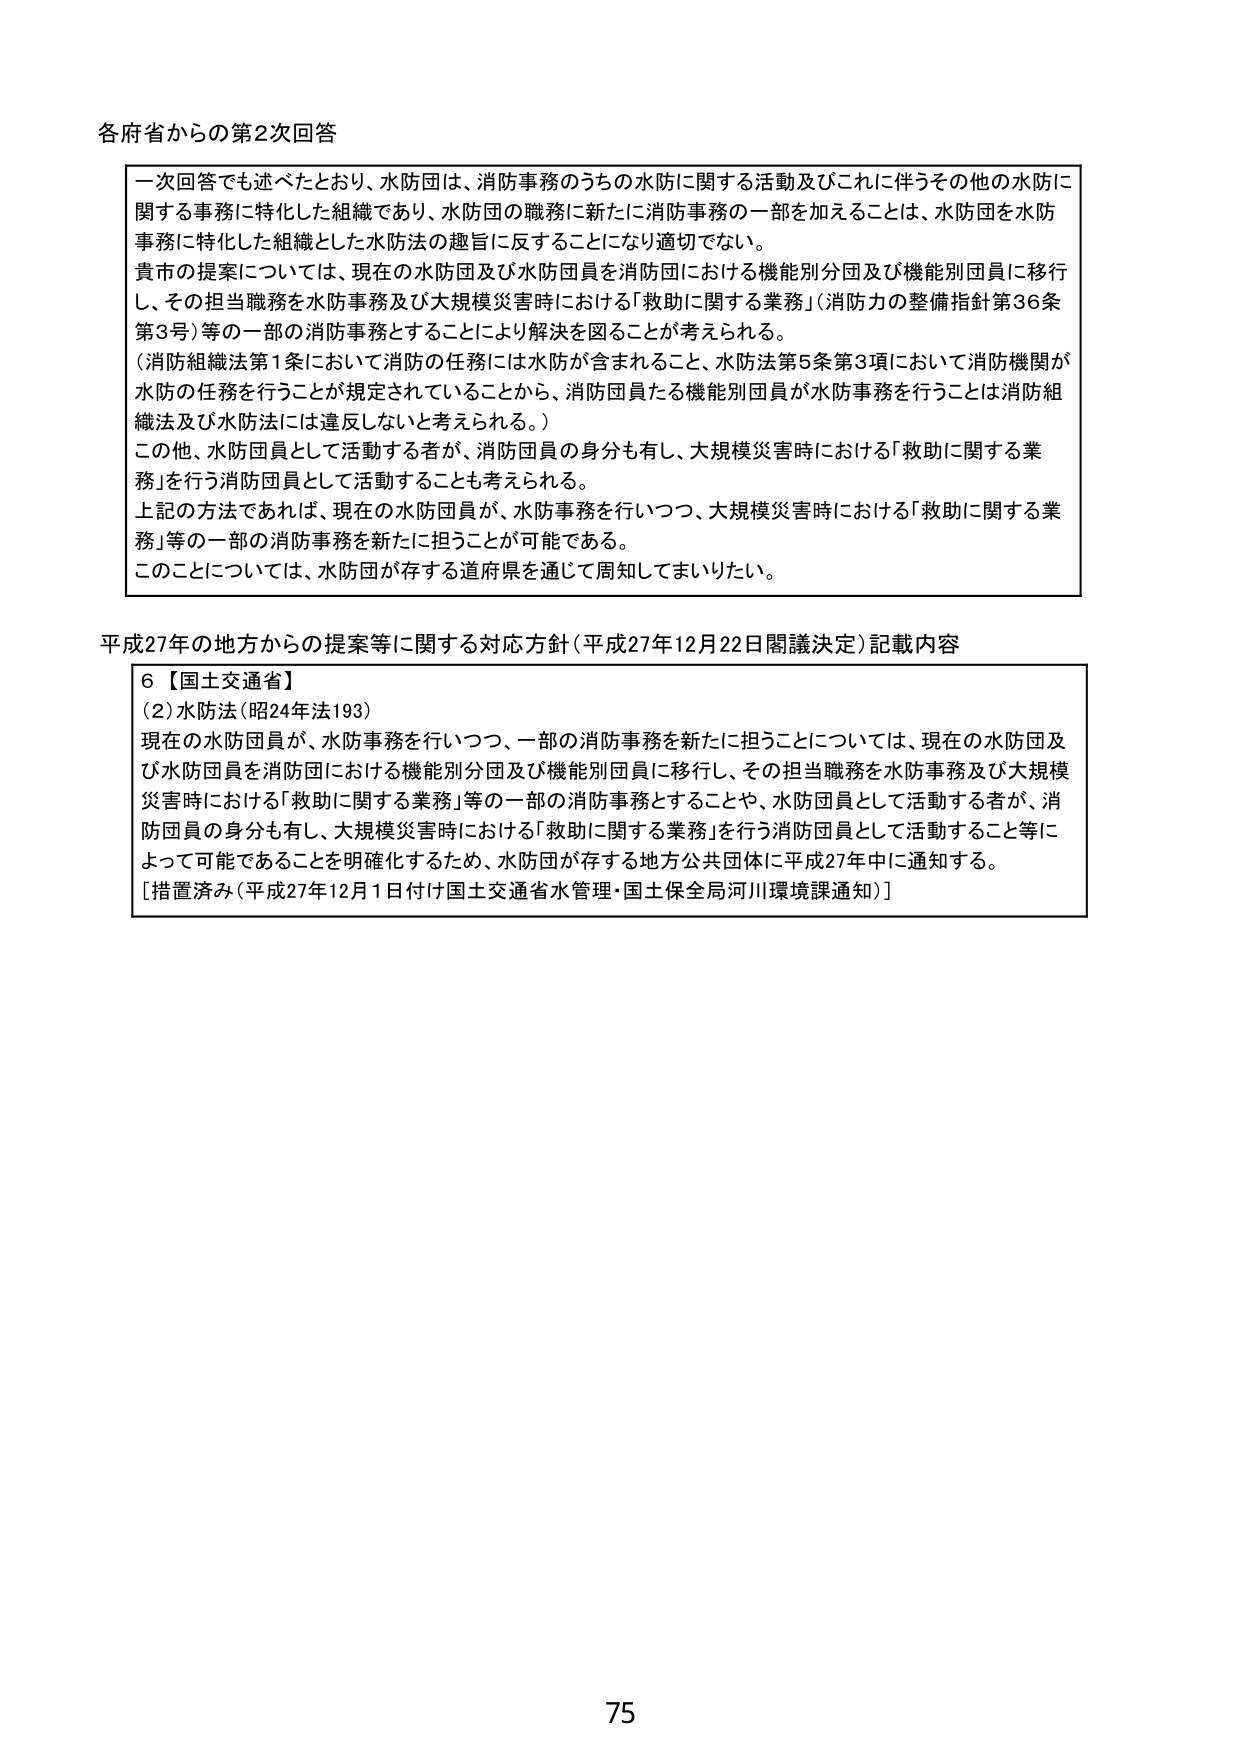
各府省からの第2次回答

一次回答でも述べたとおり、水防団は、消防事務のうちの水防に関する活動及びこれに伴うその他の水防に関する事務に特化した組織であり、水防団の職務に新たに消防事務の一部を加えることは、水防団を水防事務に特化した組織とした水防法の趣旨に反することになり適切でない。
貴市の提案については、現在の水防団及び水防団員を消防団における機能別分団及び機能別団員に移行し、その担当職務を水防事務及び大規模災害時における「救助に関する業務」（消防力の整備指針第36条第3号）等の一部の消防事務とすることにより解決を図ることが考えられる。
（消防組織法第1条において消防の任務には水防が含まれること、水防法第5条第3項において消防機関が水防の任務を行うことが規定されていることから、消防団員たる機能別団員が水防事務を行うことは消防組織法及び水防法には違反しないと考えられる。）
この他、水防団員として活動する者が、消防団員の身分も有し、大規模災害時における「救助に関する業務」を行う消防団員として活動することも考えられる。
上記の方法であれば、現在の水防団員が、水防事務を行いつつ、大規模災害時における「救助に関する業務」等の一部の消防事務を新たに担うことが可能である。
このことについては、水防団が存する道府県を通じて周知してまいりたい。

平成27年の地方からの提案等に関する対応方針（平成27年12月22日閣議決定）記載内容

6【国土交通省】
(2)水防法（昭24年法193）
現在の水防団員が、水防事務を行いつつ、一部の消防事務を新たに担うことについては、現在の水防団及び水防団員を消防団における機能別分団及び機能別団員に移行し、その担当職務を水防事務及び大規模災害時における「救助に関する業務」等の一部の消防事務とすることや、水防団員として活動する者が、消防団員の身分も有し、大規模災害時における「救助に関する業務」を行う消防団員として活動すること等によって可能であることを明確化するため、水防団が存する地方公共団体に平成27年中に通知する。
［措置済み（平成27年12月1日付け国土交通省水管理・国土保全局河川環境課通知）］

75